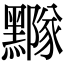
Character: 𪒛